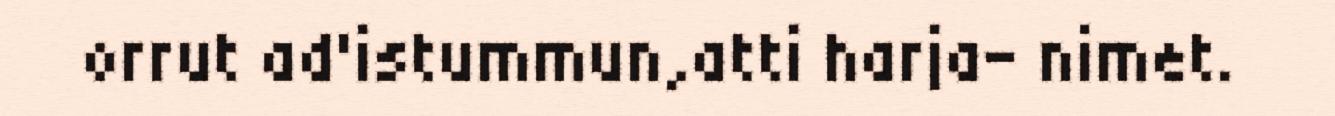
orrut ad'istummun,atti harja- nimet.